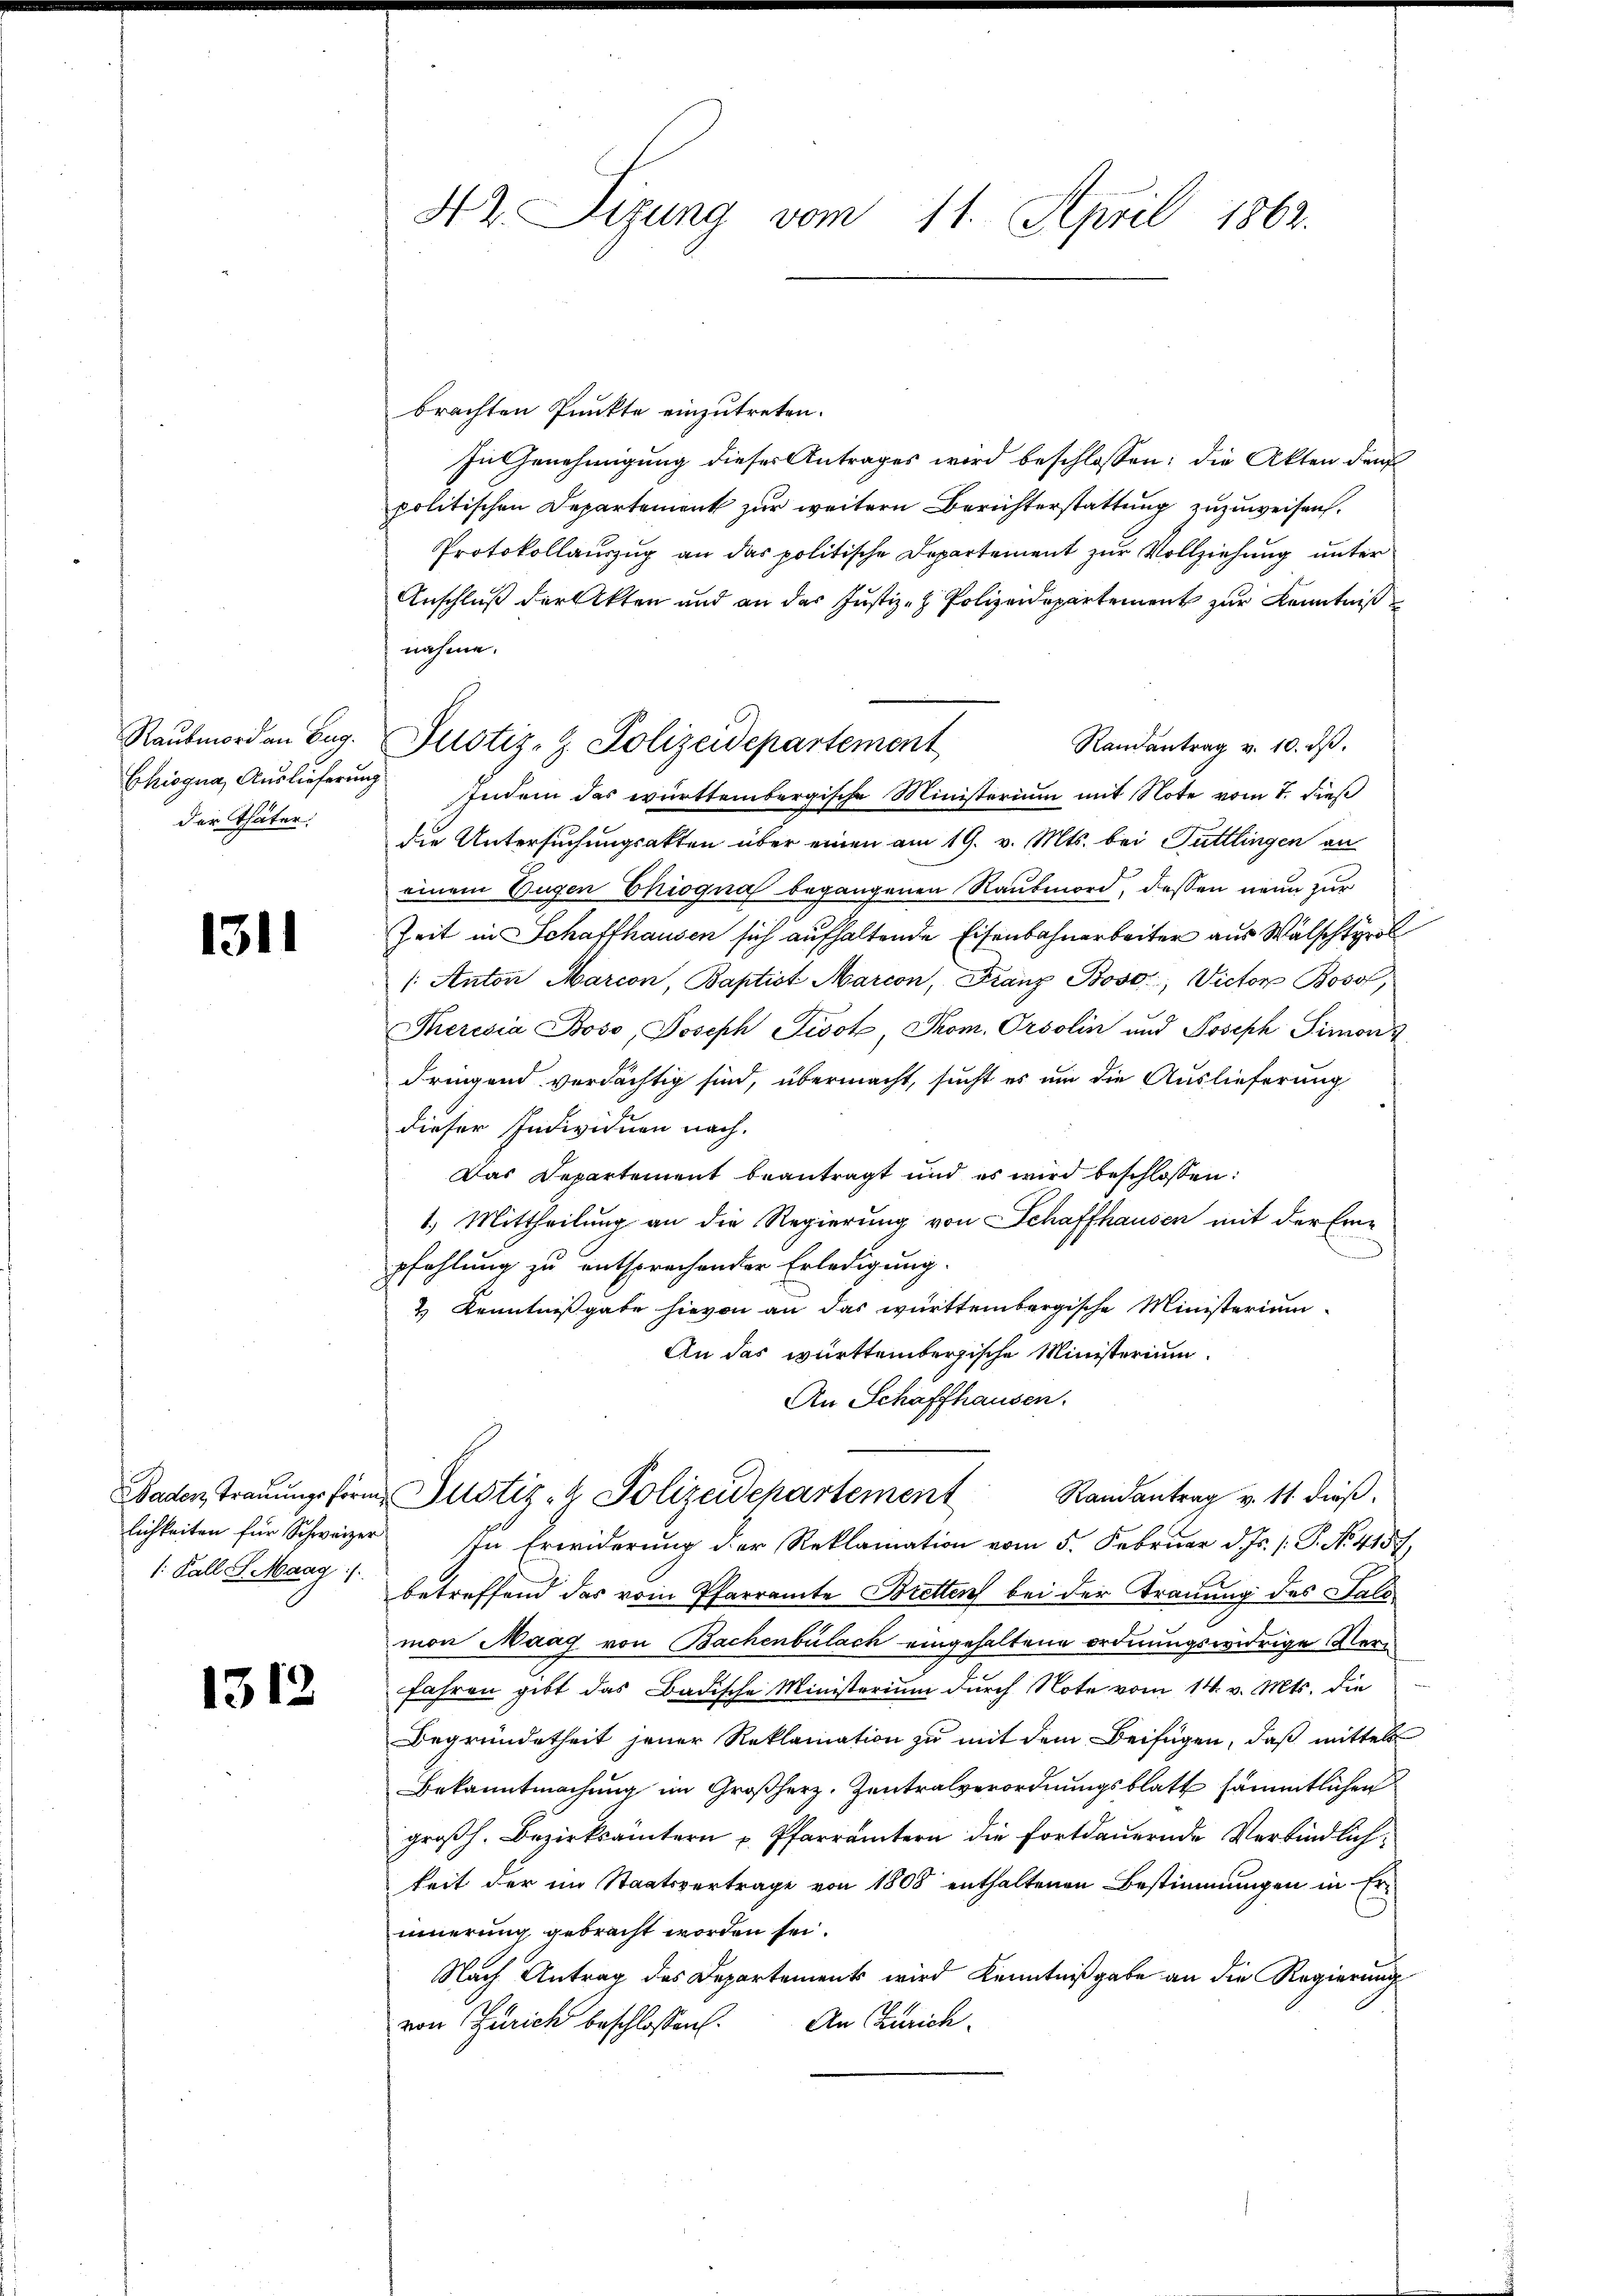
Raubmord an Eug.
Chiogna, Auslieferung
der Thäter,

1311

1: Kall S. Maag /.

1312

42. Sizung vom 11. April 1862.

brachten Punkte einzutreten.
In Genehmigung dieser Antrages wird beschlossen: die Akten dem
politischen Departement zur weitern Berichterstattung zuzuweisen.
Protokollauszug an das politische Departement zur Vollziehung unter
Anschluß der Akten und an das Justiz- & Polizeidepartement zur Kenntniß
nahme.
Randantrag v. 10. dβ.
 Indem das württembergische Ministerium mit Note vom 7. dieß
die Untersuchungsakten über einen am 19. v. Mts. bei Füttlingen an
einem Eugen Chiogna begangenen Raubmord, dessen neun zur
Zeit in Schaffhausen sich aufhaltende Eisenbahnarbeiter aus Wälscht
/: Anton Marcon, Baptist Marcon, Franz Boso, Victor Boso,
Theresia Boso, Joseph Fisok, Thom. Orsolin und Joseph Simon
dringend verdächtig sind, übermacht, sucht es um die Auslieferung
dieser Individuen nach.
Das Departement beantragt und es wird beschlossen:
1.) Mittheilung an die Regierung von Schaffhausen mit der Eine
pfehlung zu entsprechender Erledigung.
2 Kenntnißgabe hievon an das württembergische Ministerium
An das württembergische Ministerium
An Schaffhausen.
Baden Traŭŭngsform Justiz- & Polizeidepartement Randantrag v. 11. dieβ.
lichkeiten für Schweizer In Erwiderung der Reklamation vom 5. Februar d. Js. /: P. No. 4157,
betreffend das vom Pfarramte Bretten bei der Trauung des Sald
mon Maag von Bachenbülach eingehaltene ordnungswidrige Verfahren gibt das Badische Ministerium durch Note vom 14. v. Mts. die
Begründetheit jener Reklamation zu mit dem Beifügen, daß mittels
Bekanntmachung im Großherz. Zentralverordnungsblatt sämmtlichen
großh. Bezirksämtern u. Pfarrämtern die fortdauernde Verbindlichkeit der im Staatsvertrage von 1808 enthaltenen Bestimmungen in Erinnerung gebracht worden sei.
Nach Antrag des Departement wird Kenntnißgabe an die Regierung
An Zürich.
von Zürich beschlossen:

Justiz- & Polizeidepartement